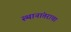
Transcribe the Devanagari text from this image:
स्थानांतराचा